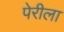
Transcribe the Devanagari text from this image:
पेरीला